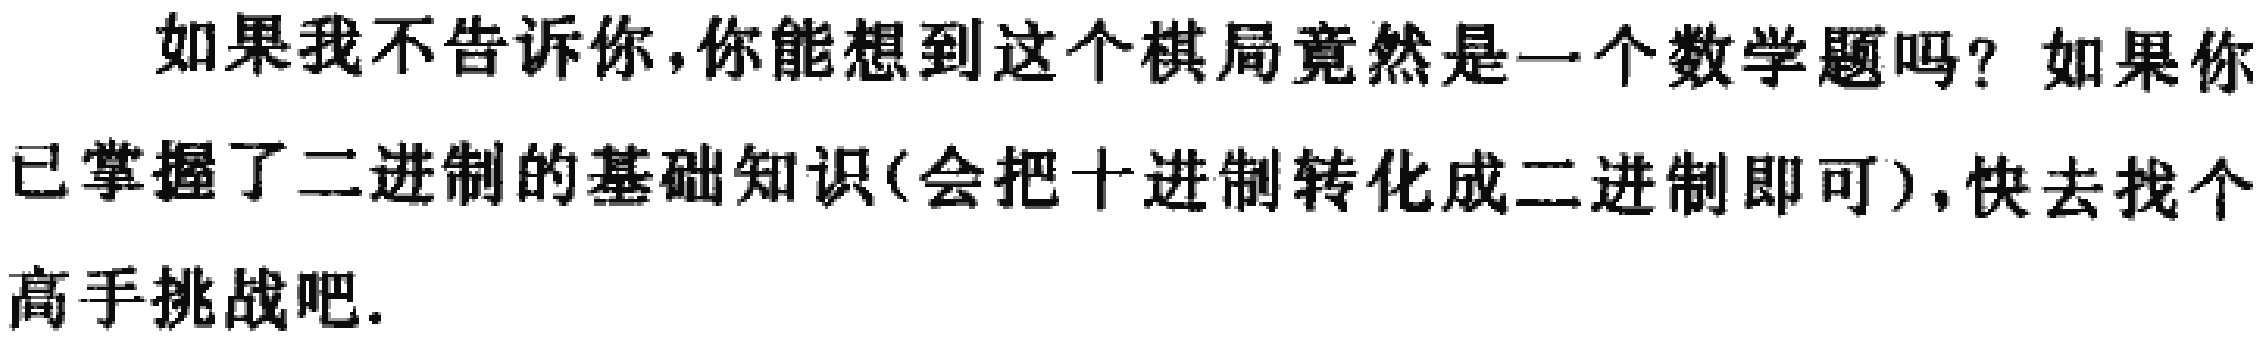
如果我不告诉你，你能想到这个棋局竟然是一个数学题吗？如果你已掌握了二进制的基础知识(会把十进制转化成二进制即可)，快去找个高手挑战吧.